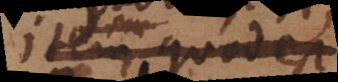
id quod est